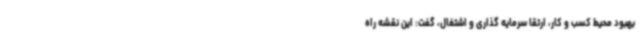
بهبود محیط کسب و کار، ارتقا سرمایه گذاری و اشتغال، گفت: این نقشه راه